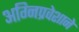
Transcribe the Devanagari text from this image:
अग्‍निप्रवेशाने